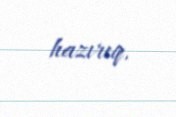
hazırıq.